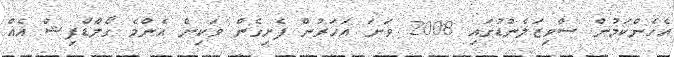
އެހެންކަމުން ސްވިޒަލެންޑުގައި 2008 ވަނަ އަހަރުން ފެށިގެން ވަކިން އެންމެ ގޯލްޑްފިޝް އެއް